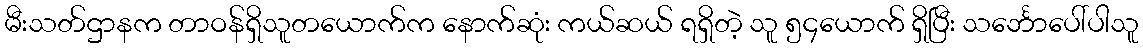
မီးသတ်ဌာနက တာဝန်ရှိသူတယောက်က နောက်ဆုံး ကယ်ဆယ် ရရှိတဲ့ သူ ၅၄ယောက် ရှိပြီး သင်္ဘောပေါ်ပါသူ